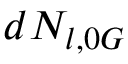
d N _ { l , 0 G }